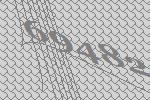
69482